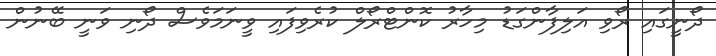
ދޯނީގައި ރޯވި އަލިފާންގަޑު މިހާރު ކޮންޓްރޯލް ކުރެވިފައި ވީނަމަވެސް ދޯނި ވަނީ ބޭނުން